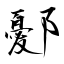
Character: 鄾